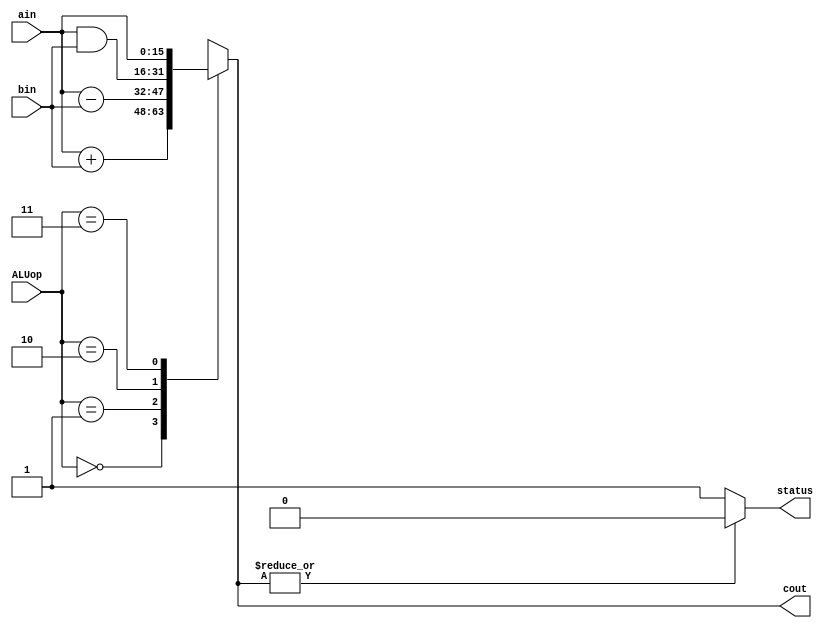
module ALU(ain, bin, ALUop, cout, status);

	`define width 16
	`define add 2'b00
	`define minus 2'b01
	`define and1 2'b10
	`define A 2'b11

	input [`width-1:0] ain,bin;
	input [1:0] ALUop;
	output [`width-1:0] cout;
	output status;
	reg [`width-1:0] cout;



	always @ (*) begin

		case(ALUop)

			`add : cout = ain + bin;
			`minus : cout = ain - bin;
			`and1 : cout = ain & bin;
			`A : cout = ain;
			default : cout = {16{1'b0}};

		endcase
	end

	assign status = (|cout)? 0:1;
endmodule